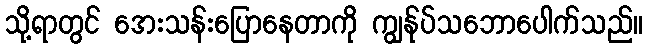
သို့ရာတွင် အေးသန်းပြောနေတာကို ကျွန်ုပ်သဘောပေါက်သည်။